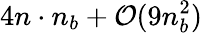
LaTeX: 4n\cdot n_{b}+\mathcal{O}(9n_{b}^{2})